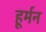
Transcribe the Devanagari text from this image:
हूर्मन